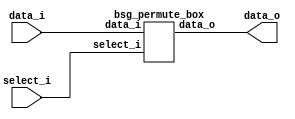


module top
(
  data_i,
  select_i,
  data_o
);

  input [255:0] data_i;
  input [127:0] select_i;
  output [255:0] data_o;

  bsg_permute_box
  wrapper
  (
    .data_i(data_i),
    .select_i(select_i),
    .data_o(data_o)
  );


endmodule



module bsg_permute_box
(
  data_i,
  select_i,
  data_o
);

  input [255:0] data_i;
  input [127:0] select_i;
  output [255:0] data_o;
  wire [255:0] data_o;
  wire N0,N1,N2,N3,N4,N5,N6,N7,N8,N9,N10,N11,N12,N13,N14,N15,N16,N17,N18,N19,N20,N21,
  N22,N23;
  assign data_o[63] = (N2)? data_i[63] : 
                      (N4)? data_i[127] : 
                      (N3)? data_i[191] : 
                      (N5)? data_i[255] : 1'b0;
  assign data_o[62] = (N2)? data_i[62] : 
                      (N4)? data_i[126] : 
                      (N3)? data_i[190] : 
                      (N5)? data_i[254] : 1'b0;
  assign data_o[61] = (N2)? data_i[61] : 
                      (N4)? data_i[125] : 
                      (N3)? data_i[189] : 
                      (N5)? data_i[253] : 1'b0;
  assign data_o[60] = (N2)? data_i[60] : 
                      (N4)? data_i[124] : 
                      (N3)? data_i[188] : 
                      (N5)? data_i[252] : 1'b0;
  assign data_o[59] = (N2)? data_i[59] : 
                      (N4)? data_i[123] : 
                      (N3)? data_i[187] : 
                      (N5)? data_i[251] : 1'b0;
  assign data_o[58] = (N2)? data_i[58] : 
                      (N4)? data_i[122] : 
                      (N3)? data_i[186] : 
                      (N5)? data_i[250] : 1'b0;
  assign data_o[57] = (N2)? data_i[57] : 
                      (N4)? data_i[121] : 
                      (N3)? data_i[185] : 
                      (N5)? data_i[249] : 1'b0;
  assign data_o[56] = (N2)? data_i[56] : 
                      (N4)? data_i[120] : 
                      (N3)? data_i[184] : 
                      (N5)? data_i[248] : 1'b0;
  assign data_o[55] = (N2)? data_i[55] : 
                      (N4)? data_i[119] : 
                      (N3)? data_i[183] : 
                      (N5)? data_i[247] : 1'b0;
  assign data_o[54] = (N2)? data_i[54] : 
                      (N4)? data_i[118] : 
                      (N3)? data_i[182] : 
                      (N5)? data_i[246] : 1'b0;
  assign data_o[53] = (N2)? data_i[53] : 
                      (N4)? data_i[117] : 
                      (N3)? data_i[181] : 
                      (N5)? data_i[245] : 1'b0;
  assign data_o[52] = (N2)? data_i[52] : 
                      (N4)? data_i[116] : 
                      (N3)? data_i[180] : 
                      (N5)? data_i[244] : 1'b0;
  assign data_o[51] = (N2)? data_i[51] : 
                      (N4)? data_i[115] : 
                      (N3)? data_i[179] : 
                      (N5)? data_i[243] : 1'b0;
  assign data_o[50] = (N2)? data_i[50] : 
                      (N4)? data_i[114] : 
                      (N3)? data_i[178] : 
                      (N5)? data_i[242] : 1'b0;
  assign data_o[49] = (N2)? data_i[49] : 
                      (N4)? data_i[113] : 
                      (N3)? data_i[177] : 
                      (N5)? data_i[241] : 1'b0;
  assign data_o[48] = (N2)? data_i[48] : 
                      (N4)? data_i[112] : 
                      (N3)? data_i[176] : 
                      (N5)? data_i[240] : 1'b0;
  assign data_o[47] = (N2)? data_i[47] : 
                      (N4)? data_i[111] : 
                      (N3)? data_i[175] : 
                      (N5)? data_i[239] : 1'b0;
  assign data_o[46] = (N2)? data_i[46] : 
                      (N4)? data_i[110] : 
                      (N3)? data_i[174] : 
                      (N5)? data_i[238] : 1'b0;
  assign data_o[45] = (N2)? data_i[45] : 
                      (N4)? data_i[109] : 
                      (N3)? data_i[173] : 
                      (N5)? data_i[237] : 1'b0;
  assign data_o[44] = (N2)? data_i[44] : 
                      (N4)? data_i[108] : 
                      (N3)? data_i[172] : 
                      (N5)? data_i[236] : 1'b0;
  assign data_o[43] = (N2)? data_i[43] : 
                      (N4)? data_i[107] : 
                      (N3)? data_i[171] : 
                      (N5)? data_i[235] : 1'b0;
  assign data_o[42] = (N2)? data_i[42] : 
                      (N4)? data_i[106] : 
                      (N3)? data_i[170] : 
                      (N5)? data_i[234] : 1'b0;
  assign data_o[41] = (N2)? data_i[41] : 
                      (N4)? data_i[105] : 
                      (N3)? data_i[169] : 
                      (N5)? data_i[233] : 1'b0;
  assign data_o[40] = (N2)? data_i[40] : 
                      (N4)? data_i[104] : 
                      (N3)? data_i[168] : 
                      (N5)? data_i[232] : 1'b0;
  assign data_o[39] = (N2)? data_i[39] : 
                      (N4)? data_i[103] : 
                      (N3)? data_i[167] : 
                      (N5)? data_i[231] : 1'b0;
  assign data_o[38] = (N2)? data_i[38] : 
                      (N4)? data_i[102] : 
                      (N3)? data_i[166] : 
                      (N5)? data_i[230] : 1'b0;
  assign data_o[37] = (N2)? data_i[37] : 
                      (N4)? data_i[101] : 
                      (N3)? data_i[165] : 
                      (N5)? data_i[229] : 1'b0;
  assign data_o[36] = (N2)? data_i[36] : 
                      (N4)? data_i[100] : 
                      (N3)? data_i[164] : 
                      (N5)? data_i[228] : 1'b0;
  assign data_o[35] = (N2)? data_i[35] : 
                      (N4)? data_i[99] : 
                      (N3)? data_i[163] : 
                      (N5)? data_i[227] : 1'b0;
  assign data_o[34] = (N2)? data_i[34] : 
                      (N4)? data_i[98] : 
                      (N3)? data_i[162] : 
                      (N5)? data_i[226] : 1'b0;
  assign data_o[33] = (N2)? data_i[33] : 
                      (N4)? data_i[97] : 
                      (N3)? data_i[161] : 
                      (N5)? data_i[225] : 1'b0;
  assign data_o[32] = (N2)? data_i[32] : 
                      (N4)? data_i[96] : 
                      (N3)? data_i[160] : 
                      (N5)? data_i[224] : 1'b0;
  assign data_o[31] = (N2)? data_i[31] : 
                      (N4)? data_i[95] : 
                      (N3)? data_i[159] : 
                      (N5)? data_i[223] : 1'b0;
  assign data_o[30] = (N2)? data_i[30] : 
                      (N4)? data_i[94] : 
                      (N3)? data_i[158] : 
                      (N5)? data_i[222] : 1'b0;
  assign data_o[29] = (N2)? data_i[29] : 
                      (N4)? data_i[93] : 
                      (N3)? data_i[157] : 
                      (N5)? data_i[221] : 1'b0;
  assign data_o[28] = (N2)? data_i[28] : 
                      (N4)? data_i[92] : 
                      (N3)? data_i[156] : 
                      (N5)? data_i[220] : 1'b0;
  assign data_o[27] = (N2)? data_i[27] : 
                      (N4)? data_i[91] : 
                      (N3)? data_i[155] : 
                      (N5)? data_i[219] : 1'b0;
  assign data_o[26] = (N2)? data_i[26] : 
                      (N4)? data_i[90] : 
                      (N3)? data_i[154] : 
                      (N5)? data_i[218] : 1'b0;
  assign data_o[25] = (N2)? data_i[25] : 
                      (N4)? data_i[89] : 
                      (N3)? data_i[153] : 
                      (N5)? data_i[217] : 1'b0;
  assign data_o[24] = (N2)? data_i[24] : 
                      (N4)? data_i[88] : 
                      (N3)? data_i[152] : 
                      (N5)? data_i[216] : 1'b0;
  assign data_o[23] = (N2)? data_i[23] : 
                      (N4)? data_i[87] : 
                      (N3)? data_i[151] : 
                      (N5)? data_i[215] : 1'b0;
  assign data_o[22] = (N2)? data_i[22] : 
                      (N4)? data_i[86] : 
                      (N3)? data_i[150] : 
                      (N5)? data_i[214] : 1'b0;
  assign data_o[21] = (N2)? data_i[21] : 
                      (N4)? data_i[85] : 
                      (N3)? data_i[149] : 
                      (N5)? data_i[213] : 1'b0;
  assign data_o[20] = (N2)? data_i[20] : 
                      (N4)? data_i[84] : 
                      (N3)? data_i[148] : 
                      (N5)? data_i[212] : 1'b0;
  assign data_o[19] = (N2)? data_i[19] : 
                      (N4)? data_i[83] : 
                      (N3)? data_i[147] : 
                      (N5)? data_i[211] : 1'b0;
  assign data_o[18] = (N2)? data_i[18] : 
                      (N4)? data_i[82] : 
                      (N3)? data_i[146] : 
                      (N5)? data_i[210] : 1'b0;
  assign data_o[17] = (N2)? data_i[17] : 
                      (N4)? data_i[81] : 
                      (N3)? data_i[145] : 
                      (N5)? data_i[209] : 1'b0;
  assign data_o[16] = (N2)? data_i[16] : 
                      (N4)? data_i[80] : 
                      (N3)? data_i[144] : 
                      (N5)? data_i[208] : 1'b0;
  assign data_o[15] = (N2)? data_i[15] : 
                      (N4)? data_i[79] : 
                      (N3)? data_i[143] : 
                      (N5)? data_i[207] : 1'b0;
  assign data_o[14] = (N2)? data_i[14] : 
                      (N4)? data_i[78] : 
                      (N3)? data_i[142] : 
                      (N5)? data_i[206] : 1'b0;
  assign data_o[13] = (N2)? data_i[13] : 
                      (N4)? data_i[77] : 
                      (N3)? data_i[141] : 
                      (N5)? data_i[205] : 1'b0;
  assign data_o[12] = (N2)? data_i[12] : 
                      (N4)? data_i[76] : 
                      (N3)? data_i[140] : 
                      (N5)? data_i[204] : 1'b0;
  assign data_o[11] = (N2)? data_i[11] : 
                      (N4)? data_i[75] : 
                      (N3)? data_i[139] : 
                      (N5)? data_i[203] : 1'b0;
  assign data_o[10] = (N2)? data_i[10] : 
                      (N4)? data_i[74] : 
                      (N3)? data_i[138] : 
                      (N5)? data_i[202] : 1'b0;
  assign data_o[9] = (N2)? data_i[9] : 
                     (N4)? data_i[73] : 
                     (N3)? data_i[137] : 
                     (N5)? data_i[201] : 1'b0;
  assign data_o[8] = (N2)? data_i[8] : 
                     (N4)? data_i[72] : 
                     (N3)? data_i[136] : 
                     (N5)? data_i[200] : 1'b0;
  assign data_o[7] = (N2)? data_i[7] : 
                     (N4)? data_i[71] : 
                     (N3)? data_i[135] : 
                     (N5)? data_i[199] : 1'b0;
  assign data_o[6] = (N2)? data_i[6] : 
                     (N4)? data_i[70] : 
                     (N3)? data_i[134] : 
                     (N5)? data_i[198] : 1'b0;
  assign data_o[5] = (N2)? data_i[5] : 
                     (N4)? data_i[69] : 
                     (N3)? data_i[133] : 
                     (N5)? data_i[197] : 1'b0;
  assign data_o[4] = (N2)? data_i[4] : 
                     (N4)? data_i[68] : 
                     (N3)? data_i[132] : 
                     (N5)? data_i[196] : 1'b0;
  assign data_o[3] = (N2)? data_i[3] : 
                     (N4)? data_i[67] : 
                     (N3)? data_i[131] : 
                     (N5)? data_i[195] : 1'b0;
  assign data_o[2] = (N2)? data_i[2] : 
                     (N4)? data_i[66] : 
                     (N3)? data_i[130] : 
                     (N5)? data_i[194] : 1'b0;
  assign data_o[1] = (N2)? data_i[1] : 
                     (N4)? data_i[65] : 
                     (N3)? data_i[129] : 
                     (N5)? data_i[193] : 1'b0;
  assign data_o[0] = (N2)? data_i[0] : 
                     (N4)? data_i[64] : 
                     (N3)? data_i[128] : 
                     (N5)? data_i[192] : 1'b0;
  assign data_o[127] = (N8)? data_i[63] : 
                       (N10)? data_i[127] : 
                       (N9)? data_i[191] : 
                       (N11)? data_i[255] : 1'b0;
  assign data_o[126] = (N8)? data_i[62] : 
                       (N10)? data_i[126] : 
                       (N9)? data_i[190] : 
                       (N11)? data_i[254] : 1'b0;
  assign data_o[125] = (N8)? data_i[61] : 
                       (N10)? data_i[125] : 
                       (N9)? data_i[189] : 
                       (N11)? data_i[253] : 1'b0;
  assign data_o[124] = (N8)? data_i[60] : 
                       (N10)? data_i[124] : 
                       (N9)? data_i[188] : 
                       (N11)? data_i[252] : 1'b0;
  assign data_o[123] = (N8)? data_i[59] : 
                       (N10)? data_i[123] : 
                       (N9)? data_i[187] : 
                       (N11)? data_i[251] : 1'b0;
  assign data_o[122] = (N8)? data_i[58] : 
                       (N10)? data_i[122] : 
                       (N9)? data_i[186] : 
                       (N11)? data_i[250] : 1'b0;
  assign data_o[121] = (N8)? data_i[57] : 
                       (N10)? data_i[121] : 
                       (N9)? data_i[185] : 
                       (N11)? data_i[249] : 1'b0;
  assign data_o[120] = (N8)? data_i[56] : 
                       (N10)? data_i[120] : 
                       (N9)? data_i[184] : 
                       (N11)? data_i[248] : 1'b0;
  assign data_o[119] = (N8)? data_i[55] : 
                       (N10)? data_i[119] : 
                       (N9)? data_i[183] : 
                       (N11)? data_i[247] : 1'b0;
  assign data_o[118] = (N8)? data_i[54] : 
                       (N10)? data_i[118] : 
                       (N9)? data_i[182] : 
                       (N11)? data_i[246] : 1'b0;
  assign data_o[117] = (N8)? data_i[53] : 
                       (N10)? data_i[117] : 
                       (N9)? data_i[181] : 
                       (N11)? data_i[245] : 1'b0;
  assign data_o[116] = (N8)? data_i[52] : 
                       (N10)? data_i[116] : 
                       (N9)? data_i[180] : 
                       (N11)? data_i[244] : 1'b0;
  assign data_o[115] = (N8)? data_i[51] : 
                       (N10)? data_i[115] : 
                       (N9)? data_i[179] : 
                       (N11)? data_i[243] : 1'b0;
  assign data_o[114] = (N8)? data_i[50] : 
                       (N10)? data_i[114] : 
                       (N9)? data_i[178] : 
                       (N11)? data_i[242] : 1'b0;
  assign data_o[113] = (N8)? data_i[49] : 
                       (N10)? data_i[113] : 
                       (N9)? data_i[177] : 
                       (N11)? data_i[241] : 1'b0;
  assign data_o[112] = (N8)? data_i[48] : 
                       (N10)? data_i[112] : 
                       (N9)? data_i[176] : 
                       (N11)? data_i[240] : 1'b0;
  assign data_o[111] = (N8)? data_i[47] : 
                       (N10)? data_i[111] : 
                       (N9)? data_i[175] : 
                       (N11)? data_i[239] : 1'b0;
  assign data_o[110] = (N8)? data_i[46] : 
                       (N10)? data_i[110] : 
                       (N9)? data_i[174] : 
                       (N11)? data_i[238] : 1'b0;
  assign data_o[109] = (N8)? data_i[45] : 
                       (N10)? data_i[109] : 
                       (N9)? data_i[173] : 
                       (N11)? data_i[237] : 1'b0;
  assign data_o[108] = (N8)? data_i[44] : 
                       (N10)? data_i[108] : 
                       (N9)? data_i[172] : 
                       (N11)? data_i[236] : 1'b0;
  assign data_o[107] = (N8)? data_i[43] : 
                       (N10)? data_i[107] : 
                       (N9)? data_i[171] : 
                       (N11)? data_i[235] : 1'b0;
  assign data_o[106] = (N8)? data_i[42] : 
                       (N10)? data_i[106] : 
                       (N9)? data_i[170] : 
                       (N11)? data_i[234] : 1'b0;
  assign data_o[105] = (N8)? data_i[41] : 
                       (N10)? data_i[105] : 
                       (N9)? data_i[169] : 
                       (N11)? data_i[233] : 1'b0;
  assign data_o[104] = (N8)? data_i[40] : 
                       (N10)? data_i[104] : 
                       (N9)? data_i[168] : 
                       (N11)? data_i[232] : 1'b0;
  assign data_o[103] = (N8)? data_i[39] : 
                       (N10)? data_i[103] : 
                       (N9)? data_i[167] : 
                       (N11)? data_i[231] : 1'b0;
  assign data_o[102] = (N8)? data_i[38] : 
                       (N10)? data_i[102] : 
                       (N9)? data_i[166] : 
                       (N11)? data_i[230] : 1'b0;
  assign data_o[101] = (N8)? data_i[37] : 
                       (N10)? data_i[101] : 
                       (N9)? data_i[165] : 
                       (N11)? data_i[229] : 1'b0;
  assign data_o[100] = (N8)? data_i[36] : 
                       (N10)? data_i[100] : 
                       (N9)? data_i[164] : 
                       (N11)? data_i[228] : 1'b0;
  assign data_o[99] = (N8)? data_i[35] : 
                      (N10)? data_i[99] : 
                      (N9)? data_i[163] : 
                      (N11)? data_i[227] : 1'b0;
  assign data_o[98] = (N8)? data_i[34] : 
                      (N10)? data_i[98] : 
                      (N9)? data_i[162] : 
                      (N11)? data_i[226] : 1'b0;
  assign data_o[97] = (N8)? data_i[33] : 
                      (N10)? data_i[97] : 
                      (N9)? data_i[161] : 
                      (N11)? data_i[225] : 1'b0;
  assign data_o[96] = (N8)? data_i[32] : 
                      (N10)? data_i[96] : 
                      (N9)? data_i[160] : 
                      (N11)? data_i[224] : 1'b0;
  assign data_o[95] = (N8)? data_i[31] : 
                      (N10)? data_i[95] : 
                      (N9)? data_i[159] : 
                      (N11)? data_i[223] : 1'b0;
  assign data_o[94] = (N8)? data_i[30] : 
                      (N10)? data_i[94] : 
                      (N9)? data_i[158] : 
                      (N11)? data_i[222] : 1'b0;
  assign data_o[93] = (N8)? data_i[29] : 
                      (N10)? data_i[93] : 
                      (N9)? data_i[157] : 
                      (N11)? data_i[221] : 1'b0;
  assign data_o[92] = (N8)? data_i[28] : 
                      (N10)? data_i[92] : 
                      (N9)? data_i[156] : 
                      (N11)? data_i[220] : 1'b0;
  assign data_o[91] = (N8)? data_i[27] : 
                      (N10)? data_i[91] : 
                      (N9)? data_i[155] : 
                      (N11)? data_i[219] : 1'b0;
  assign data_o[90] = (N8)? data_i[26] : 
                      (N10)? data_i[90] : 
                      (N9)? data_i[154] : 
                      (N11)? data_i[218] : 1'b0;
  assign data_o[89] = (N8)? data_i[25] : 
                      (N10)? data_i[89] : 
                      (N9)? data_i[153] : 
                      (N11)? data_i[217] : 1'b0;
  assign data_o[88] = (N8)? data_i[24] : 
                      (N10)? data_i[88] : 
                      (N9)? data_i[152] : 
                      (N11)? data_i[216] : 1'b0;
  assign data_o[87] = (N8)? data_i[23] : 
                      (N10)? data_i[87] : 
                      (N9)? data_i[151] : 
                      (N11)? data_i[215] : 1'b0;
  assign data_o[86] = (N8)? data_i[22] : 
                      (N10)? data_i[86] : 
                      (N9)? data_i[150] : 
                      (N11)? data_i[214] : 1'b0;
  assign data_o[85] = (N8)? data_i[21] : 
                      (N10)? data_i[85] : 
                      (N9)? data_i[149] : 
                      (N11)? data_i[213] : 1'b0;
  assign data_o[84] = (N8)? data_i[20] : 
                      (N10)? data_i[84] : 
                      (N9)? data_i[148] : 
                      (N11)? data_i[212] : 1'b0;
  assign data_o[83] = (N8)? data_i[19] : 
                      (N10)? data_i[83] : 
                      (N9)? data_i[147] : 
                      (N11)? data_i[211] : 1'b0;
  assign data_o[82] = (N8)? data_i[18] : 
                      (N10)? data_i[82] : 
                      (N9)? data_i[146] : 
                      (N11)? data_i[210] : 1'b0;
  assign data_o[81] = (N8)? data_i[17] : 
                      (N10)? data_i[81] : 
                      (N9)? data_i[145] : 
                      (N11)? data_i[209] : 1'b0;
  assign data_o[80] = (N8)? data_i[16] : 
                      (N10)? data_i[80] : 
                      (N9)? data_i[144] : 
                      (N11)? data_i[208] : 1'b0;
  assign data_o[79] = (N8)? data_i[15] : 
                      (N10)? data_i[79] : 
                      (N9)? data_i[143] : 
                      (N11)? data_i[207] : 1'b0;
  assign data_o[78] = (N8)? data_i[14] : 
                      (N10)? data_i[78] : 
                      (N9)? data_i[142] : 
                      (N11)? data_i[206] : 1'b0;
  assign data_o[77] = (N8)? data_i[13] : 
                      (N10)? data_i[77] : 
                      (N9)? data_i[141] : 
                      (N11)? data_i[205] : 1'b0;
  assign data_o[76] = (N8)? data_i[12] : 
                      (N10)? data_i[76] : 
                      (N9)? data_i[140] : 
                      (N11)? data_i[204] : 1'b0;
  assign data_o[75] = (N8)? data_i[11] : 
                      (N10)? data_i[75] : 
                      (N9)? data_i[139] : 
                      (N11)? data_i[203] : 1'b0;
  assign data_o[74] = (N8)? data_i[10] : 
                      (N10)? data_i[74] : 
                      (N9)? data_i[138] : 
                      (N11)? data_i[202] : 1'b0;
  assign data_o[73] = (N8)? data_i[9] : 
                      (N10)? data_i[73] : 
                      (N9)? data_i[137] : 
                      (N11)? data_i[201] : 1'b0;
  assign data_o[72] = (N8)? data_i[8] : 
                      (N10)? data_i[72] : 
                      (N9)? data_i[136] : 
                      (N11)? data_i[200] : 1'b0;
  assign data_o[71] = (N8)? data_i[7] : 
                      (N10)? data_i[71] : 
                      (N9)? data_i[135] : 
                      (N11)? data_i[199] : 1'b0;
  assign data_o[70] = (N8)? data_i[6] : 
                      (N10)? data_i[70] : 
                      (N9)? data_i[134] : 
                      (N11)? data_i[198] : 1'b0;
  assign data_o[69] = (N8)? data_i[5] : 
                      (N10)? data_i[69] : 
                      (N9)? data_i[133] : 
                      (N11)? data_i[197] : 1'b0;
  assign data_o[68] = (N8)? data_i[4] : 
                      (N10)? data_i[68] : 
                      (N9)? data_i[132] : 
                      (N11)? data_i[196] : 1'b0;
  assign data_o[67] = (N8)? data_i[3] : 
                      (N10)? data_i[67] : 
                      (N9)? data_i[131] : 
                      (N11)? data_i[195] : 1'b0;
  assign data_o[66] = (N8)? data_i[2] : 
                      (N10)? data_i[66] : 
                      (N9)? data_i[130] : 
                      (N11)? data_i[194] : 1'b0;
  assign data_o[65] = (N8)? data_i[1] : 
                      (N10)? data_i[65] : 
                      (N9)? data_i[129] : 
                      (N11)? data_i[193] : 1'b0;
  assign data_o[64] = (N8)? data_i[0] : 
                      (N10)? data_i[64] : 
                      (N9)? data_i[128] : 
                      (N11)? data_i[192] : 1'b0;
  assign data_o[191] = (N14)? data_i[63] : 
                       (N16)? data_i[127] : 
                       (N15)? data_i[191] : 
                       (N17)? data_i[255] : 1'b0;
  assign data_o[190] = (N14)? data_i[62] : 
                       (N16)? data_i[126] : 
                       (N15)? data_i[190] : 
                       (N17)? data_i[254] : 1'b0;
  assign data_o[189] = (N14)? data_i[61] : 
                       (N16)? data_i[125] : 
                       (N15)? data_i[189] : 
                       (N17)? data_i[253] : 1'b0;
  assign data_o[188] = (N14)? data_i[60] : 
                       (N16)? data_i[124] : 
                       (N15)? data_i[188] : 
                       (N17)? data_i[252] : 1'b0;
  assign data_o[187] = (N14)? data_i[59] : 
                       (N16)? data_i[123] : 
                       (N15)? data_i[187] : 
                       (N17)? data_i[251] : 1'b0;
  assign data_o[186] = (N14)? data_i[58] : 
                       (N16)? data_i[122] : 
                       (N15)? data_i[186] : 
                       (N17)? data_i[250] : 1'b0;
  assign data_o[185] = (N14)? data_i[57] : 
                       (N16)? data_i[121] : 
                       (N15)? data_i[185] : 
                       (N17)? data_i[249] : 1'b0;
  assign data_o[184] = (N14)? data_i[56] : 
                       (N16)? data_i[120] : 
                       (N15)? data_i[184] : 
                       (N17)? data_i[248] : 1'b0;
  assign data_o[183] = (N14)? data_i[55] : 
                       (N16)? data_i[119] : 
                       (N15)? data_i[183] : 
                       (N17)? data_i[247] : 1'b0;
  assign data_o[182] = (N14)? data_i[54] : 
                       (N16)? data_i[118] : 
                       (N15)? data_i[182] : 
                       (N17)? data_i[246] : 1'b0;
  assign data_o[181] = (N14)? data_i[53] : 
                       (N16)? data_i[117] : 
                       (N15)? data_i[181] : 
                       (N17)? data_i[245] : 1'b0;
  assign data_o[180] = (N14)? data_i[52] : 
                       (N16)? data_i[116] : 
                       (N15)? data_i[180] : 
                       (N17)? data_i[244] : 1'b0;
  assign data_o[179] = (N14)? data_i[51] : 
                       (N16)? data_i[115] : 
                       (N15)? data_i[179] : 
                       (N17)? data_i[243] : 1'b0;
  assign data_o[178] = (N14)? data_i[50] : 
                       (N16)? data_i[114] : 
                       (N15)? data_i[178] : 
                       (N17)? data_i[242] : 1'b0;
  assign data_o[177] = (N14)? data_i[49] : 
                       (N16)? data_i[113] : 
                       (N15)? data_i[177] : 
                       (N17)? data_i[241] : 1'b0;
  assign data_o[176] = (N14)? data_i[48] : 
                       (N16)? data_i[112] : 
                       (N15)? data_i[176] : 
                       (N17)? data_i[240] : 1'b0;
  assign data_o[175] = (N14)? data_i[47] : 
                       (N16)? data_i[111] : 
                       (N15)? data_i[175] : 
                       (N17)? data_i[239] : 1'b0;
  assign data_o[174] = (N14)? data_i[46] : 
                       (N16)? data_i[110] : 
                       (N15)? data_i[174] : 
                       (N17)? data_i[238] : 1'b0;
  assign data_o[173] = (N14)? data_i[45] : 
                       (N16)? data_i[109] : 
                       (N15)? data_i[173] : 
                       (N17)? data_i[237] : 1'b0;
  assign data_o[172] = (N14)? data_i[44] : 
                       (N16)? data_i[108] : 
                       (N15)? data_i[172] : 
                       (N17)? data_i[236] : 1'b0;
  assign data_o[171] = (N14)? data_i[43] : 
                       (N16)? data_i[107] : 
                       (N15)? data_i[171] : 
                       (N17)? data_i[235] : 1'b0;
  assign data_o[170] = (N14)? data_i[42] : 
                       (N16)? data_i[106] : 
                       (N15)? data_i[170] : 
                       (N17)? data_i[234] : 1'b0;
  assign data_o[169] = (N14)? data_i[41] : 
                       (N16)? data_i[105] : 
                       (N15)? data_i[169] : 
                       (N17)? data_i[233] : 1'b0;
  assign data_o[168] = (N14)? data_i[40] : 
                       (N16)? data_i[104] : 
                       (N15)? data_i[168] : 
                       (N17)? data_i[232] : 1'b0;
  assign data_o[167] = (N14)? data_i[39] : 
                       (N16)? data_i[103] : 
                       (N15)? data_i[167] : 
                       (N17)? data_i[231] : 1'b0;
  assign data_o[166] = (N14)? data_i[38] : 
                       (N16)? data_i[102] : 
                       (N15)? data_i[166] : 
                       (N17)? data_i[230] : 1'b0;
  assign data_o[165] = (N14)? data_i[37] : 
                       (N16)? data_i[101] : 
                       (N15)? data_i[165] : 
                       (N17)? data_i[229] : 1'b0;
  assign data_o[164] = (N14)? data_i[36] : 
                       (N16)? data_i[100] : 
                       (N15)? data_i[164] : 
                       (N17)? data_i[228] : 1'b0;
  assign data_o[163] = (N14)? data_i[35] : 
                       (N16)? data_i[99] : 
                       (N15)? data_i[163] : 
                       (N17)? data_i[227] : 1'b0;
  assign data_o[162] = (N14)? data_i[34] : 
                       (N16)? data_i[98] : 
                       (N15)? data_i[162] : 
                       (N17)? data_i[226] : 1'b0;
  assign data_o[161] = (N14)? data_i[33] : 
                       (N16)? data_i[97] : 
                       (N15)? data_i[161] : 
                       (N17)? data_i[225] : 1'b0;
  assign data_o[160] = (N14)? data_i[32] : 
                       (N16)? data_i[96] : 
                       (N15)? data_i[160] : 
                       (N17)? data_i[224] : 1'b0;
  assign data_o[159] = (N14)? data_i[31] : 
                       (N16)? data_i[95] : 
                       (N15)? data_i[159] : 
                       (N17)? data_i[223] : 1'b0;
  assign data_o[158] = (N14)? data_i[30] : 
                       (N16)? data_i[94] : 
                       (N15)? data_i[158] : 
                       (N17)? data_i[222] : 1'b0;
  assign data_o[157] = (N14)? data_i[29] : 
                       (N16)? data_i[93] : 
                       (N15)? data_i[157] : 
                       (N17)? data_i[221] : 1'b0;
  assign data_o[156] = (N14)? data_i[28] : 
                       (N16)? data_i[92] : 
                       (N15)? data_i[156] : 
                       (N17)? data_i[220] : 1'b0;
  assign data_o[155] = (N14)? data_i[27] : 
                       (N16)? data_i[91] : 
                       (N15)? data_i[155] : 
                       (N17)? data_i[219] : 1'b0;
  assign data_o[154] = (N14)? data_i[26] : 
                       (N16)? data_i[90] : 
                       (N15)? data_i[154] : 
                       (N17)? data_i[218] : 1'b0;
  assign data_o[153] = (N14)? data_i[25] : 
                       (N16)? data_i[89] : 
                       (N15)? data_i[153] : 
                       (N17)? data_i[217] : 1'b0;
  assign data_o[152] = (N14)? data_i[24] : 
                       (N16)? data_i[88] : 
                       (N15)? data_i[152] : 
                       (N17)? data_i[216] : 1'b0;
  assign data_o[151] = (N14)? data_i[23] : 
                       (N16)? data_i[87] : 
                       (N15)? data_i[151] : 
                       (N17)? data_i[215] : 1'b0;
  assign data_o[150] = (N14)? data_i[22] : 
                       (N16)? data_i[86] : 
                       (N15)? data_i[150] : 
                       (N17)? data_i[214] : 1'b0;
  assign data_o[149] = (N14)? data_i[21] : 
                       (N16)? data_i[85] : 
                       (N15)? data_i[149] : 
                       (N17)? data_i[213] : 1'b0;
  assign data_o[148] = (N14)? data_i[20] : 
                       (N16)? data_i[84] : 
                       (N15)? data_i[148] : 
                       (N17)? data_i[212] : 1'b0;
  assign data_o[147] = (N14)? data_i[19] : 
                       (N16)? data_i[83] : 
                       (N15)? data_i[147] : 
                       (N17)? data_i[211] : 1'b0;
  assign data_o[146] = (N14)? data_i[18] : 
                       (N16)? data_i[82] : 
                       (N15)? data_i[146] : 
                       (N17)? data_i[210] : 1'b0;
  assign data_o[145] = (N14)? data_i[17] : 
                       (N16)? data_i[81] : 
                       (N15)? data_i[145] : 
                       (N17)? data_i[209] : 1'b0;
  assign data_o[144] = (N14)? data_i[16] : 
                       (N16)? data_i[80] : 
                       (N15)? data_i[144] : 
                       (N17)? data_i[208] : 1'b0;
  assign data_o[143] = (N14)? data_i[15] : 
                       (N16)? data_i[79] : 
                       (N15)? data_i[143] : 
                       (N17)? data_i[207] : 1'b0;
  assign data_o[142] = (N14)? data_i[14] : 
                       (N16)? data_i[78] : 
                       (N15)? data_i[142] : 
                       (N17)? data_i[206] : 1'b0;
  assign data_o[141] = (N14)? data_i[13] : 
                       (N16)? data_i[77] : 
                       (N15)? data_i[141] : 
                       (N17)? data_i[205] : 1'b0;
  assign data_o[140] = (N14)? data_i[12] : 
                       (N16)? data_i[76] : 
                       (N15)? data_i[140] : 
                       (N17)? data_i[204] : 1'b0;
  assign data_o[139] = (N14)? data_i[11] : 
                       (N16)? data_i[75] : 
                       (N15)? data_i[139] : 
                       (N17)? data_i[203] : 1'b0;
  assign data_o[138] = (N14)? data_i[10] : 
                       (N16)? data_i[74] : 
                       (N15)? data_i[138] : 
                       (N17)? data_i[202] : 1'b0;
  assign data_o[137] = (N14)? data_i[9] : 
                       (N16)? data_i[73] : 
                       (N15)? data_i[137] : 
                       (N17)? data_i[201] : 1'b0;
  assign data_o[136] = (N14)? data_i[8] : 
                       (N16)? data_i[72] : 
                       (N15)? data_i[136] : 
                       (N17)? data_i[200] : 1'b0;
  assign data_o[135] = (N14)? data_i[7] : 
                       (N16)? data_i[71] : 
                       (N15)? data_i[135] : 
                       (N17)? data_i[199] : 1'b0;
  assign data_o[134] = (N14)? data_i[6] : 
                       (N16)? data_i[70] : 
                       (N15)? data_i[134] : 
                       (N17)? data_i[198] : 1'b0;
  assign data_o[133] = (N14)? data_i[5] : 
                       (N16)? data_i[69] : 
                       (N15)? data_i[133] : 
                       (N17)? data_i[197] : 1'b0;
  assign data_o[132] = (N14)? data_i[4] : 
                       (N16)? data_i[68] : 
                       (N15)? data_i[132] : 
                       (N17)? data_i[196] : 1'b0;
  assign data_o[131] = (N14)? data_i[3] : 
                       (N16)? data_i[67] : 
                       (N15)? data_i[131] : 
                       (N17)? data_i[195] : 1'b0;
  assign data_o[130] = (N14)? data_i[2] : 
                       (N16)? data_i[66] : 
                       (N15)? data_i[130] : 
                       (N17)? data_i[194] : 1'b0;
  assign data_o[129] = (N14)? data_i[1] : 
                       (N16)? data_i[65] : 
                       (N15)? data_i[129] : 
                       (N17)? data_i[193] : 1'b0;
  assign data_o[128] = (N14)? data_i[0] : 
                       (N16)? data_i[64] : 
                       (N15)? data_i[128] : 
                       (N17)? data_i[192] : 1'b0;
  assign data_o[255] = (N20)? data_i[63] : 
                       (N22)? data_i[127] : 
                       (N21)? data_i[191] : 
                       (N23)? data_i[255] : 1'b0;
  assign data_o[254] = (N20)? data_i[62] : 
                       (N22)? data_i[126] : 
                       (N21)? data_i[190] : 
                       (N23)? data_i[254] : 1'b0;
  assign data_o[253] = (N20)? data_i[61] : 
                       (N22)? data_i[125] : 
                       (N21)? data_i[189] : 
                       (N23)? data_i[253] : 1'b0;
  assign data_o[252] = (N20)? data_i[60] : 
                       (N22)? data_i[124] : 
                       (N21)? data_i[188] : 
                       (N23)? data_i[252] : 1'b0;
  assign data_o[251] = (N20)? data_i[59] : 
                       (N22)? data_i[123] : 
                       (N21)? data_i[187] : 
                       (N23)? data_i[251] : 1'b0;
  assign data_o[250] = (N20)? data_i[58] : 
                       (N22)? data_i[122] : 
                       (N21)? data_i[186] : 
                       (N23)? data_i[250] : 1'b0;
  assign data_o[249] = (N20)? data_i[57] : 
                       (N22)? data_i[121] : 
                       (N21)? data_i[185] : 
                       (N23)? data_i[249] : 1'b0;
  assign data_o[248] = (N20)? data_i[56] : 
                       (N22)? data_i[120] : 
                       (N21)? data_i[184] : 
                       (N23)? data_i[248] : 1'b0;
  assign data_o[247] = (N20)? data_i[55] : 
                       (N22)? data_i[119] : 
                       (N21)? data_i[183] : 
                       (N23)? data_i[247] : 1'b0;
  assign data_o[246] = (N20)? data_i[54] : 
                       (N22)? data_i[118] : 
                       (N21)? data_i[182] : 
                       (N23)? data_i[246] : 1'b0;
  assign data_o[245] = (N20)? data_i[53] : 
                       (N22)? data_i[117] : 
                       (N21)? data_i[181] : 
                       (N23)? data_i[245] : 1'b0;
  assign data_o[244] = (N20)? data_i[52] : 
                       (N22)? data_i[116] : 
                       (N21)? data_i[180] : 
                       (N23)? data_i[244] : 1'b0;
  assign data_o[243] = (N20)? data_i[51] : 
                       (N22)? data_i[115] : 
                       (N21)? data_i[179] : 
                       (N23)? data_i[243] : 1'b0;
  assign data_o[242] = (N20)? data_i[50] : 
                       (N22)? data_i[114] : 
                       (N21)? data_i[178] : 
                       (N23)? data_i[242] : 1'b0;
  assign data_o[241] = (N20)? data_i[49] : 
                       (N22)? data_i[113] : 
                       (N21)? data_i[177] : 
                       (N23)? data_i[241] : 1'b0;
  assign data_o[240] = (N20)? data_i[48] : 
                       (N22)? data_i[112] : 
                       (N21)? data_i[176] : 
                       (N23)? data_i[240] : 1'b0;
  assign data_o[239] = (N20)? data_i[47] : 
                       (N22)? data_i[111] : 
                       (N21)? data_i[175] : 
                       (N23)? data_i[239] : 1'b0;
  assign data_o[238] = (N20)? data_i[46] : 
                       (N22)? data_i[110] : 
                       (N21)? data_i[174] : 
                       (N23)? data_i[238] : 1'b0;
  assign data_o[237] = (N20)? data_i[45] : 
                       (N22)? data_i[109] : 
                       (N21)? data_i[173] : 
                       (N23)? data_i[237] : 1'b0;
  assign data_o[236] = (N20)? data_i[44] : 
                       (N22)? data_i[108] : 
                       (N21)? data_i[172] : 
                       (N23)? data_i[236] : 1'b0;
  assign data_o[235] = (N20)? data_i[43] : 
                       (N22)? data_i[107] : 
                       (N21)? data_i[171] : 
                       (N23)? data_i[235] : 1'b0;
  assign data_o[234] = (N20)? data_i[42] : 
                       (N22)? data_i[106] : 
                       (N21)? data_i[170] : 
                       (N23)? data_i[234] : 1'b0;
  assign data_o[233] = (N20)? data_i[41] : 
                       (N22)? data_i[105] : 
                       (N21)? data_i[169] : 
                       (N23)? data_i[233] : 1'b0;
  assign data_o[232] = (N20)? data_i[40] : 
                       (N22)? data_i[104] : 
                       (N21)? data_i[168] : 
                       (N23)? data_i[232] : 1'b0;
  assign data_o[231] = (N20)? data_i[39] : 
                       (N22)? data_i[103] : 
                       (N21)? data_i[167] : 
                       (N23)? data_i[231] : 1'b0;
  assign data_o[230] = (N20)? data_i[38] : 
                       (N22)? data_i[102] : 
                       (N21)? data_i[166] : 
                       (N23)? data_i[230] : 1'b0;
  assign data_o[229] = (N20)? data_i[37] : 
                       (N22)? data_i[101] : 
                       (N21)? data_i[165] : 
                       (N23)? data_i[229] : 1'b0;
  assign data_o[228] = (N20)? data_i[36] : 
                       (N22)? data_i[100] : 
                       (N21)? data_i[164] : 
                       (N23)? data_i[228] : 1'b0;
  assign data_o[227] = (N20)? data_i[35] : 
                       (N22)? data_i[99] : 
                       (N21)? data_i[163] : 
                       (N23)? data_i[227] : 1'b0;
  assign data_o[226] = (N20)? data_i[34] : 
                       (N22)? data_i[98] : 
                       (N21)? data_i[162] : 
                       (N23)? data_i[226] : 1'b0;
  assign data_o[225] = (N20)? data_i[33] : 
                       (N22)? data_i[97] : 
                       (N21)? data_i[161] : 
                       (N23)? data_i[225] : 1'b0;
  assign data_o[224] = (N20)? data_i[32] : 
                       (N22)? data_i[96] : 
                       (N21)? data_i[160] : 
                       (N23)? data_i[224] : 1'b0;
  assign data_o[223] = (N20)? data_i[31] : 
                       (N22)? data_i[95] : 
                       (N21)? data_i[159] : 
                       (N23)? data_i[223] : 1'b0;
  assign data_o[222] = (N20)? data_i[30] : 
                       (N22)? data_i[94] : 
                       (N21)? data_i[158] : 
                       (N23)? data_i[222] : 1'b0;
  assign data_o[221] = (N20)? data_i[29] : 
                       (N22)? data_i[93] : 
                       (N21)? data_i[157] : 
                       (N23)? data_i[221] : 1'b0;
  assign data_o[220] = (N20)? data_i[28] : 
                       (N22)? data_i[92] : 
                       (N21)? data_i[156] : 
                       (N23)? data_i[220] : 1'b0;
  assign data_o[219] = (N20)? data_i[27] : 
                       (N22)? data_i[91] : 
                       (N21)? data_i[155] : 
                       (N23)? data_i[219] : 1'b0;
  assign data_o[218] = (N20)? data_i[26] : 
                       (N22)? data_i[90] : 
                       (N21)? data_i[154] : 
                       (N23)? data_i[218] : 1'b0;
  assign data_o[217] = (N20)? data_i[25] : 
                       (N22)? data_i[89] : 
                       (N21)? data_i[153] : 
                       (N23)? data_i[217] : 1'b0;
  assign data_o[216] = (N20)? data_i[24] : 
                       (N22)? data_i[88] : 
                       (N21)? data_i[152] : 
                       (N23)? data_i[216] : 1'b0;
  assign data_o[215] = (N20)? data_i[23] : 
                       (N22)? data_i[87] : 
                       (N21)? data_i[151] : 
                       (N23)? data_i[215] : 1'b0;
  assign data_o[214] = (N20)? data_i[22] : 
                       (N22)? data_i[86] : 
                       (N21)? data_i[150] : 
                       (N23)? data_i[214] : 1'b0;
  assign data_o[213] = (N20)? data_i[21] : 
                       (N22)? data_i[85] : 
                       (N21)? data_i[149] : 
                       (N23)? data_i[213] : 1'b0;
  assign data_o[212] = (N20)? data_i[20] : 
                       (N22)? data_i[84] : 
                       (N21)? data_i[148] : 
                       (N23)? data_i[212] : 1'b0;
  assign data_o[211] = (N20)? data_i[19] : 
                       (N22)? data_i[83] : 
                       (N21)? data_i[147] : 
                       (N23)? data_i[211] : 1'b0;
  assign data_o[210] = (N20)? data_i[18] : 
                       (N22)? data_i[82] : 
                       (N21)? data_i[146] : 
                       (N23)? data_i[210] : 1'b0;
  assign data_o[209] = (N20)? data_i[17] : 
                       (N22)? data_i[81] : 
                       (N21)? data_i[145] : 
                       (N23)? data_i[209] : 1'b0;
  assign data_o[208] = (N20)? data_i[16] : 
                       (N22)? data_i[80] : 
                       (N21)? data_i[144] : 
                       (N23)? data_i[208] : 1'b0;
  assign data_o[207] = (N20)? data_i[15] : 
                       (N22)? data_i[79] : 
                       (N21)? data_i[143] : 
                       (N23)? data_i[207] : 1'b0;
  assign data_o[206] = (N20)? data_i[14] : 
                       (N22)? data_i[78] : 
                       (N21)? data_i[142] : 
                       (N23)? data_i[206] : 1'b0;
  assign data_o[205] = (N20)? data_i[13] : 
                       (N22)? data_i[77] : 
                       (N21)? data_i[141] : 
                       (N23)? data_i[205] : 1'b0;
  assign data_o[204] = (N20)? data_i[12] : 
                       (N22)? data_i[76] : 
                       (N21)? data_i[140] : 
                       (N23)? data_i[204] : 1'b0;
  assign data_o[203] = (N20)? data_i[11] : 
                       (N22)? data_i[75] : 
                       (N21)? data_i[139] : 
                       (N23)? data_i[203] : 1'b0;
  assign data_o[202] = (N20)? data_i[10] : 
                       (N22)? data_i[74] : 
                       (N21)? data_i[138] : 
                       (N23)? data_i[202] : 1'b0;
  assign data_o[201] = (N20)? data_i[9] : 
                       (N22)? data_i[73] : 
                       (N21)? data_i[137] : 
                       (N23)? data_i[201] : 1'b0;
  assign data_o[200] = (N20)? data_i[8] : 
                       (N22)? data_i[72] : 
                       (N21)? data_i[136] : 
                       (N23)? data_i[200] : 1'b0;
  assign data_o[199] = (N20)? data_i[7] : 
                       (N22)? data_i[71] : 
                       (N21)? data_i[135] : 
                       (N23)? data_i[199] : 1'b0;
  assign data_o[198] = (N20)? data_i[6] : 
                       (N22)? data_i[70] : 
                       (N21)? data_i[134] : 
                       (N23)? data_i[198] : 1'b0;
  assign data_o[197] = (N20)? data_i[5] : 
                       (N22)? data_i[69] : 
                       (N21)? data_i[133] : 
                       (N23)? data_i[197] : 1'b0;
  assign data_o[196] = (N20)? data_i[4] : 
                       (N22)? data_i[68] : 
                       (N21)? data_i[132] : 
                       (N23)? data_i[196] : 1'b0;
  assign data_o[195] = (N20)? data_i[3] : 
                       (N22)? data_i[67] : 
                       (N21)? data_i[131] : 
                       (N23)? data_i[195] : 1'b0;
  assign data_o[194] = (N20)? data_i[2] : 
                       (N22)? data_i[66] : 
                       (N21)? data_i[130] : 
                       (N23)? data_i[194] : 1'b0;
  assign data_o[193] = (N20)? data_i[1] : 
                       (N22)? data_i[65] : 
                       (N21)? data_i[129] : 
                       (N23)? data_i[193] : 1'b0;
  assign data_o[192] = (N20)? data_i[0] : 
                       (N22)? data_i[64] : 
                       (N21)? data_i[128] : 
                       (N23)? data_i[192] : 1'b0;
  assign N0 = ~select_i[0];
  assign N1 = ~select_i[1];
  assign N2 = N0 & N1;
  assign N3 = N0 & select_i[1];
  assign N4 = select_i[0] & N1;
  assign N5 = select_i[0] & select_i[1];
  assign N6 = ~select_i[32];
  assign N7 = ~select_i[33];
  assign N8 = N6 & N7;
  assign N9 = N6 & select_i[33];
  assign N10 = select_i[32] & N7;
  assign N11 = select_i[32] & select_i[33];
  assign N12 = ~select_i[64];
  assign N13 = ~select_i[65];
  assign N14 = N12 & N13;
  assign N15 = N12 & select_i[65];
  assign N16 = select_i[64] & N13;
  assign N17 = select_i[64] & select_i[65];
  assign N18 = ~select_i[96];
  assign N19 = ~select_i[97];
  assign N20 = N18 & N19;
  assign N21 = N18 & select_i[97];
  assign N22 = select_i[96] & N19;
  assign N23 = select_i[96] & select_i[97];

endmodule